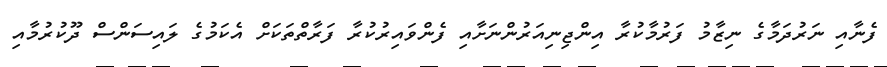
ފެނާއި ނަރުދަމާގެ ނިޒާމު ފަރުމާކުރާ އިންޖިނިއަރުންނަށާއި ފެންވައިރުކުރާ ފަރާތްތަކަށް އެކަމުގެ ލައިސަންސް ދޫކުރުމާއި